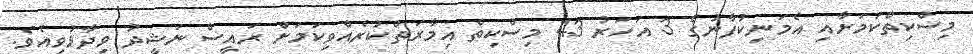
މިސްކިތްކަމަށާއި އެމަނިކުފާނުގެ 3 އަހަރު 43 މިސްކިތް އިމާރަތްކުރެއްވިކަމަށް ރައީސް ނަޝީދު ވިދާޅުވިއެވެ.